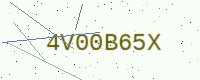
Text: 4V00B65X